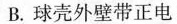
B. 球壳外壁带正电